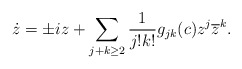
\begin{align*}\dot{z}=\pm i z + \sum_{j+k\geq 2}\frac{1}{j!k!}g_{jk}(c)z^{j}\overline{z}^{k}.\end{align*}